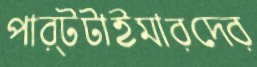
পার্টটাইমারদের